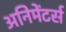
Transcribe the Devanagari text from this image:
अनिमेंटर्स